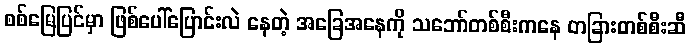
စစ်မြေပြင်မှာ ဖြစ်ပေါ်ပြောင်းလဲ နေတဲ့ အခြေအနေကို သဘော်တစ်စီးကနေ တခြားတစ်စီးဆီ